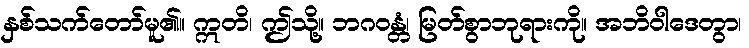
နှစ်သက်တော်မူ၏။ ဣတိ၊ ဤသို့။ ဘဂဝန္တံ၊ မြတ်စွာဘုရားကို။ အဘိဝါဒေတွာ၊